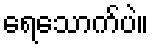
ရေသောက်ပဲ။